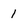
Character: 1